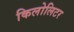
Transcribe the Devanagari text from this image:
किलोलिटर